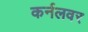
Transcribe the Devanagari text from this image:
कर्नलवर